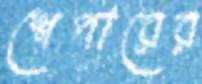
শেপারের